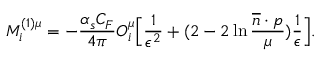
M _ { i } ^ { ( 1 ) \mu } = - \frac { \alpha _ { s } C _ { F } } { 4 \pi } O _ { i } ^ { \mu } \Bigl [ \frac { 1 } { \epsilon ^ { 2 } } + ( 2 - 2 \ln \frac { \overline { { { n } } } \cdot p } { \mu } ) \frac { 1 } { \epsilon } \Bigr ] .